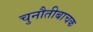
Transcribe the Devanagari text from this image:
चुनौतीबाचक